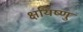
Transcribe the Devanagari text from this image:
क्षयिष्णु